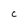
Character: C